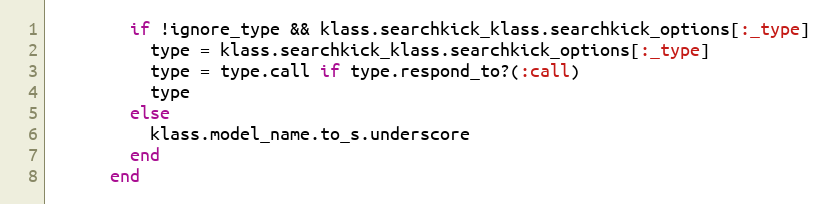
Language: Ruby
        if !ignore_type && klass.searchkick_klass.searchkick_options[:_type]
          type = klass.searchkick_klass.searchkick_options[:_type]
          type = type.call if type.respond_to?(:call)
          type
        else
          klass.model_name.to_s.underscore
        end
      end